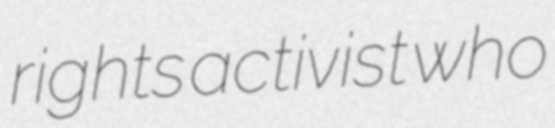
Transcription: rights activist who